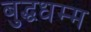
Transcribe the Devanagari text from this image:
बुद्धधम्म